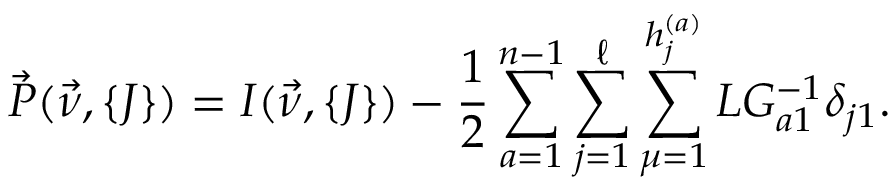
\vec { P } ( \vec { \nu } , \{ J \} ) = { \cal I } ( \vec { \nu } , \{ J \} ) - { \frac { 1 } { 2 } } \sum _ { a = 1 } ^ { n - 1 } \sum _ { j = 1 } ^ { \ell } \sum _ { \mu = 1 } ^ { h _ { j } ^ { ( a ) } } L G _ { a 1 } ^ { - 1 } \delta _ { j 1 } .